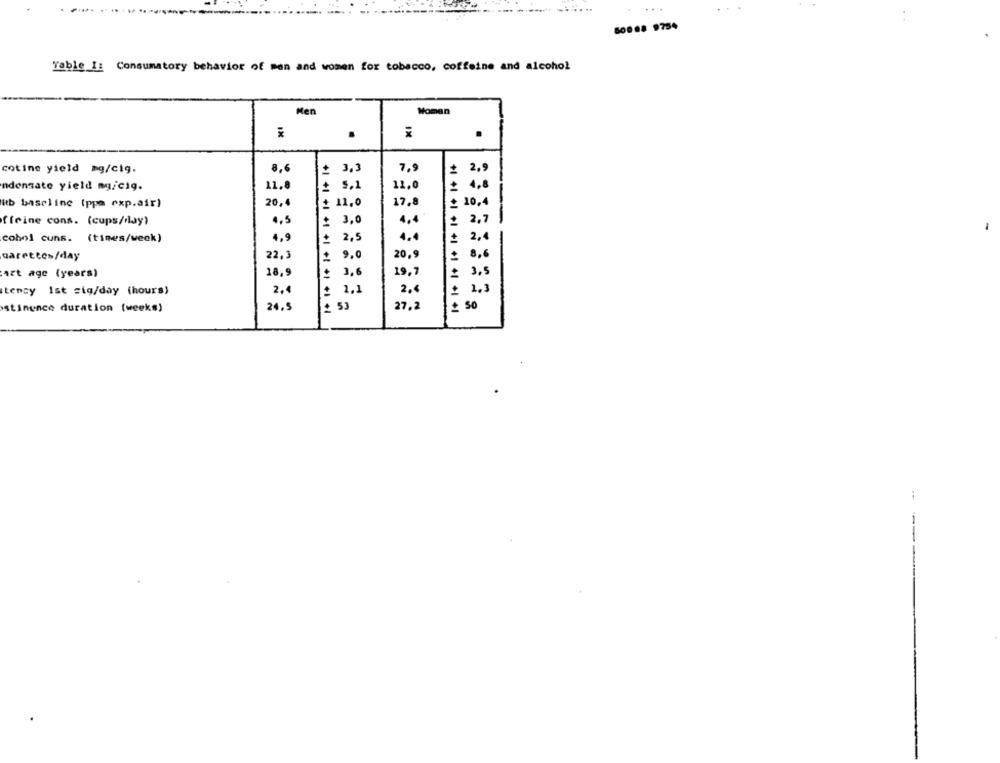
Table I: Consumatory behavior of men and women for tobacco, coffeine and alcohol
Men
Woman
.
.
cotine yield ag/cig.
8,6
3,3
7.9
= 2,9
ndensate yield mg/cig.
11.8
£ 5.1
11.0
4 .8
Rb baseline (ppa exp.air)
20,4
11,0
17,8
= 10,4
ffeine cons. (cups/day)
4,5
3,0
4.4
£ 2,7
---
cobol cuns. (tines/week)
2,5
4.4
4,9
2,4
20.9
garettcs/day
22,3
9.0
: 8,6
art age (years)
18,9
3.
19,7
£ 3,5
tency Ist sig/day (hours)
2,1
2.
2.3
2.4
27,2
stinence duration (weeks)
24.5
+1 +1 +1 +1 +1 +1 +1 +1 +1
53
+1 +1 +1 +1 +1 +1 41 +1 +1